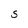
Character: S